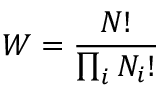
W = { \frac { N ! } { \prod _ { i } N _ { i } ! } }